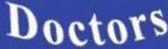
Doctors